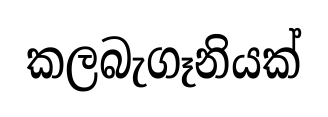
කලබැගෑනියක්